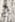
ح